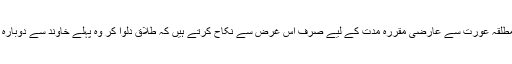
بعض لوگ اس مطلقہ عورت سے عارضی مقررہ مدت کے لیے صرف اس غرض سے نکاح کرتے ہیں کہ طلاق دلوا کر وہ پہلے خاوند سے دوبارہ نکاح کر سکے۔